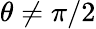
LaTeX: \theta\neq\pi/2